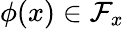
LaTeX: \phi(x)\in\mathcal{F}_{x}